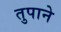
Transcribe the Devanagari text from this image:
तुपाने